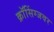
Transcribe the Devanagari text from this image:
क्राॅसिंग्जवर